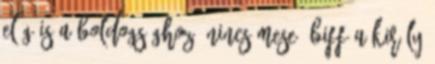
elég is a boldogsághoz. Nincs mese: Biff a király